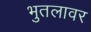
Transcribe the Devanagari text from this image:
भुतलावर